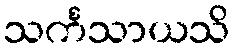
သင်္ကသာယသိ